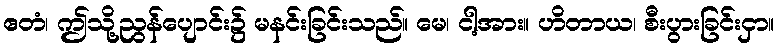
ဧတံ၊ ဤသို့ညွန်ပျောင်း၌ မနင်းခြင်းသည်။ မေ၊ ငါ့အား။ ဟိတာယ၊ စီးပွားခြင်းငှာ။